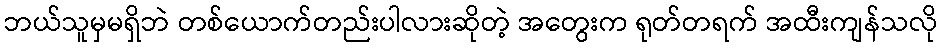
ဘယ်သူမှမရှိဘဲ တစ်ယောက်တည်းပါလားဆိုတဲ့ အတွေးက ရုတ်တရက် အထီးကျန်သလို